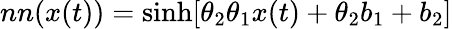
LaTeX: nn(x(t))=\sinh[\theta_{2}\theta_{1}x(t)+\theta_{2}b_{1}+b_{2}]